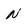
Character: N